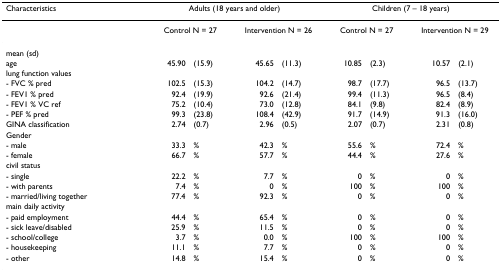
| Characteristics | <COLSPAN=4> Adults (18 years and older) | <COLSPAN=4> Children (7 – 18 years) |
 | --- | --- | --- | --- | --- | --- | --- | --- | --- |
 |  | <COLSPAN=2> Control N = 27 | <COLSPAN=2> Intervention N = 26 | <COLSPAN=2> Control N = 27 | <COLSPAN=2> Intervention N = 29 |
 | mean (sd) |  |  |  |  |  |  |  |  |
 | age | 45.90 | (15.9) | 45.65 | (11.3) | 10.85 | (2.3) | 10.57 | (2.1) |
 | lung function values |  |  |  |  |  |  |  |  |
 | - FVC % pred | 102.5 | (15.3) | 104.2 | (14.7) | 98.7 | (17.7) | 96.5 | (13.7) |
 | - FEV1 % pred | 92.4 | (19.9) | 92.6 | (21.4) | 99.4 | (11.3) | 96.5 | (8.4) |
 | - FEV1 % VC ref | 75.2 | (10.4) | 73.0 | (12.8) | 84.1 | (9.8) | 82.4 | (8.9) |
 | - PEF % pred | 99.3 | (23.8) | 108.4 | (42.9) | 91.7 | (14.9) | 91.3 | (16.0) |
 | GINA classification | 2.74 | (0.7) | 2.96 | (0.5) | 2.07 | (0.7) | 2.31 | (0.8) |
 | Gender |  |  |  |  |  |  |  |  |
 | - male | 33.3 | % | 42.3 | % | 55.6 | % | 72.4 | % |
 | - female | 66.7 | % | 57.7 | % | 44.4 | % | 27.6 | % |
 | civil status |  |  |  |  |  |  |  |  |
 | - single | 22.2 | % | 7.7 | % | 0 | % | 0 | % |
 | - with parents | 7.4 | % | 0 | % | 100 | % | 100 | % |
 | - married/living together | 77.4 | % | 92.3 | % | 0 | % | 0 | % |
 | main daily activity |  |  |  |  |  |  |  |  |
 | - paid employment | 44.4 | % | 65.4 | % | 0 | % | 0 | % |
 | - sick leave/disabled | 25.9 | % | 11.5 | % | 0 | % | 0 | % |
 | - school/college | 3.7 | % | 0.0 | % | 100 | % | 100 | % |
 | - housekeeping | 11.1 | % | 7.7 | % | 0 | % | 0 | % |
 | - other | 14.8 | % | 15.4 | % | 0 | % | 0 | % |